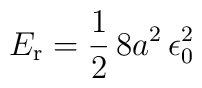
E_{\mathrm{r}} = {1\over 2}\, 8 a^2\, \epsilon_0^2